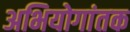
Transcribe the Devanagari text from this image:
अभियोगांतक